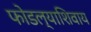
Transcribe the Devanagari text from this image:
फोडल्याशिवाय